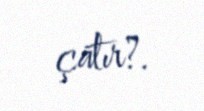
çatır?.